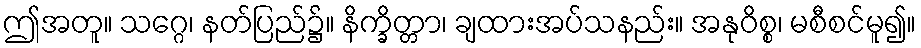
ဤအတူ။ သဂ္ဂေ၊ နတ်ပြည်၌။ နိက္ခိတ္တာ၊ ချထားအပ်သနည်း။ အနုဝိစ္စ၊ မစီစင်မူ၍။